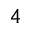
_ { 4 }